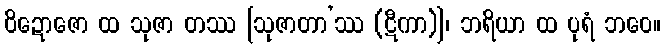
ဝိဍောဇော ထ သုဇာ တဿ [သုဇာတာ’ဿ (ဋီကာ)]၊ ဘရိယာ ထ ပုရံ ဘဝေ။